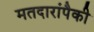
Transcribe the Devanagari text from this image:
मतदारांपैकी